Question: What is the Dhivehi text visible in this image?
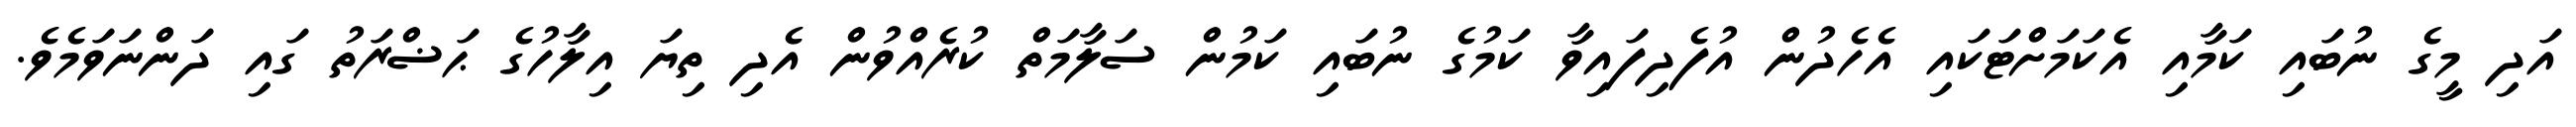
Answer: އަދި މީގެ ނުބައި ކަމާއި އެކަމަށްޓަކައި އެހެދުން އުފެދިފައިވާ ކަމުގެ ނުބައި ކަމުން ސަލާމަތް ކުރެއްވުން އެދި ތިޔަ އިލާހުގެ ޙަޟްރަތު ގައި ދަންނަވަމެވެ.